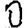
Digit: 0